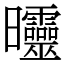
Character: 𣌟